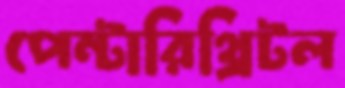
পেন্টারিথ্রিটল